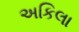
અકિલા